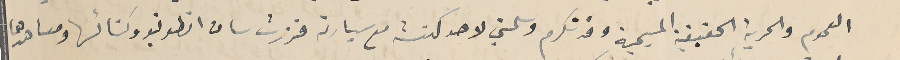
العموم والحرية الحقيقية المسيحية وقد تكرم وسلمني لاحد كهنته مع سيارته فزرت سان انطونيو وكنائسها ومعاهدها